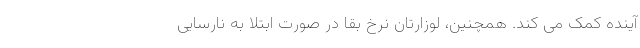
آینده کمک می کند. همچنین، لوزارتان نرخ بقا در صورت ابتلا به نارسایی